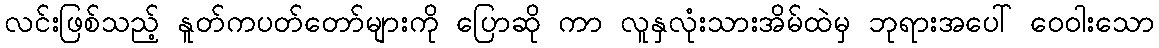
လင်းဖြစ်သည့် နူတ်ကပတ်တော်များကို ပြောဆို ကာ လူနှလုံးသားအိမ်ထဲမှ ဘုရားအပေါ် ဝေဝါးသော